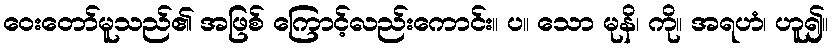
ဝေးတော်မူသည်၏ အဖြစ် ကြောင့်လည်းကောင်း။ ပ။ သော မုနိ၊ ကို။ အရဟံ၊ ဟူ၍။